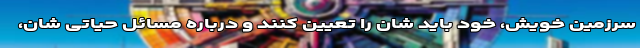
سرزمین خویش، خود باید شان را تعیین کنند و درباره مسائل حیاتی شان،